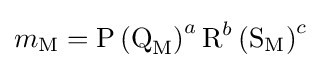
m_{\textrm {M}}={\textrm {P}}\left({\textrm {Q}}_{\textrm {M}}\right)^{a}{\textrm {R}}^{b}\left({\textrm {S}}_{\textrm {M}}\right)^{c}